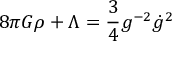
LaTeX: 8 \pi G \rho + \Lambda = \frac { 3 } { 4 } g ^ { - 2 } \dot { g } ^ { 2 }